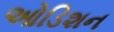
ઓડિશન